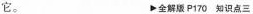
它。 ▶全解版P170 知识点三